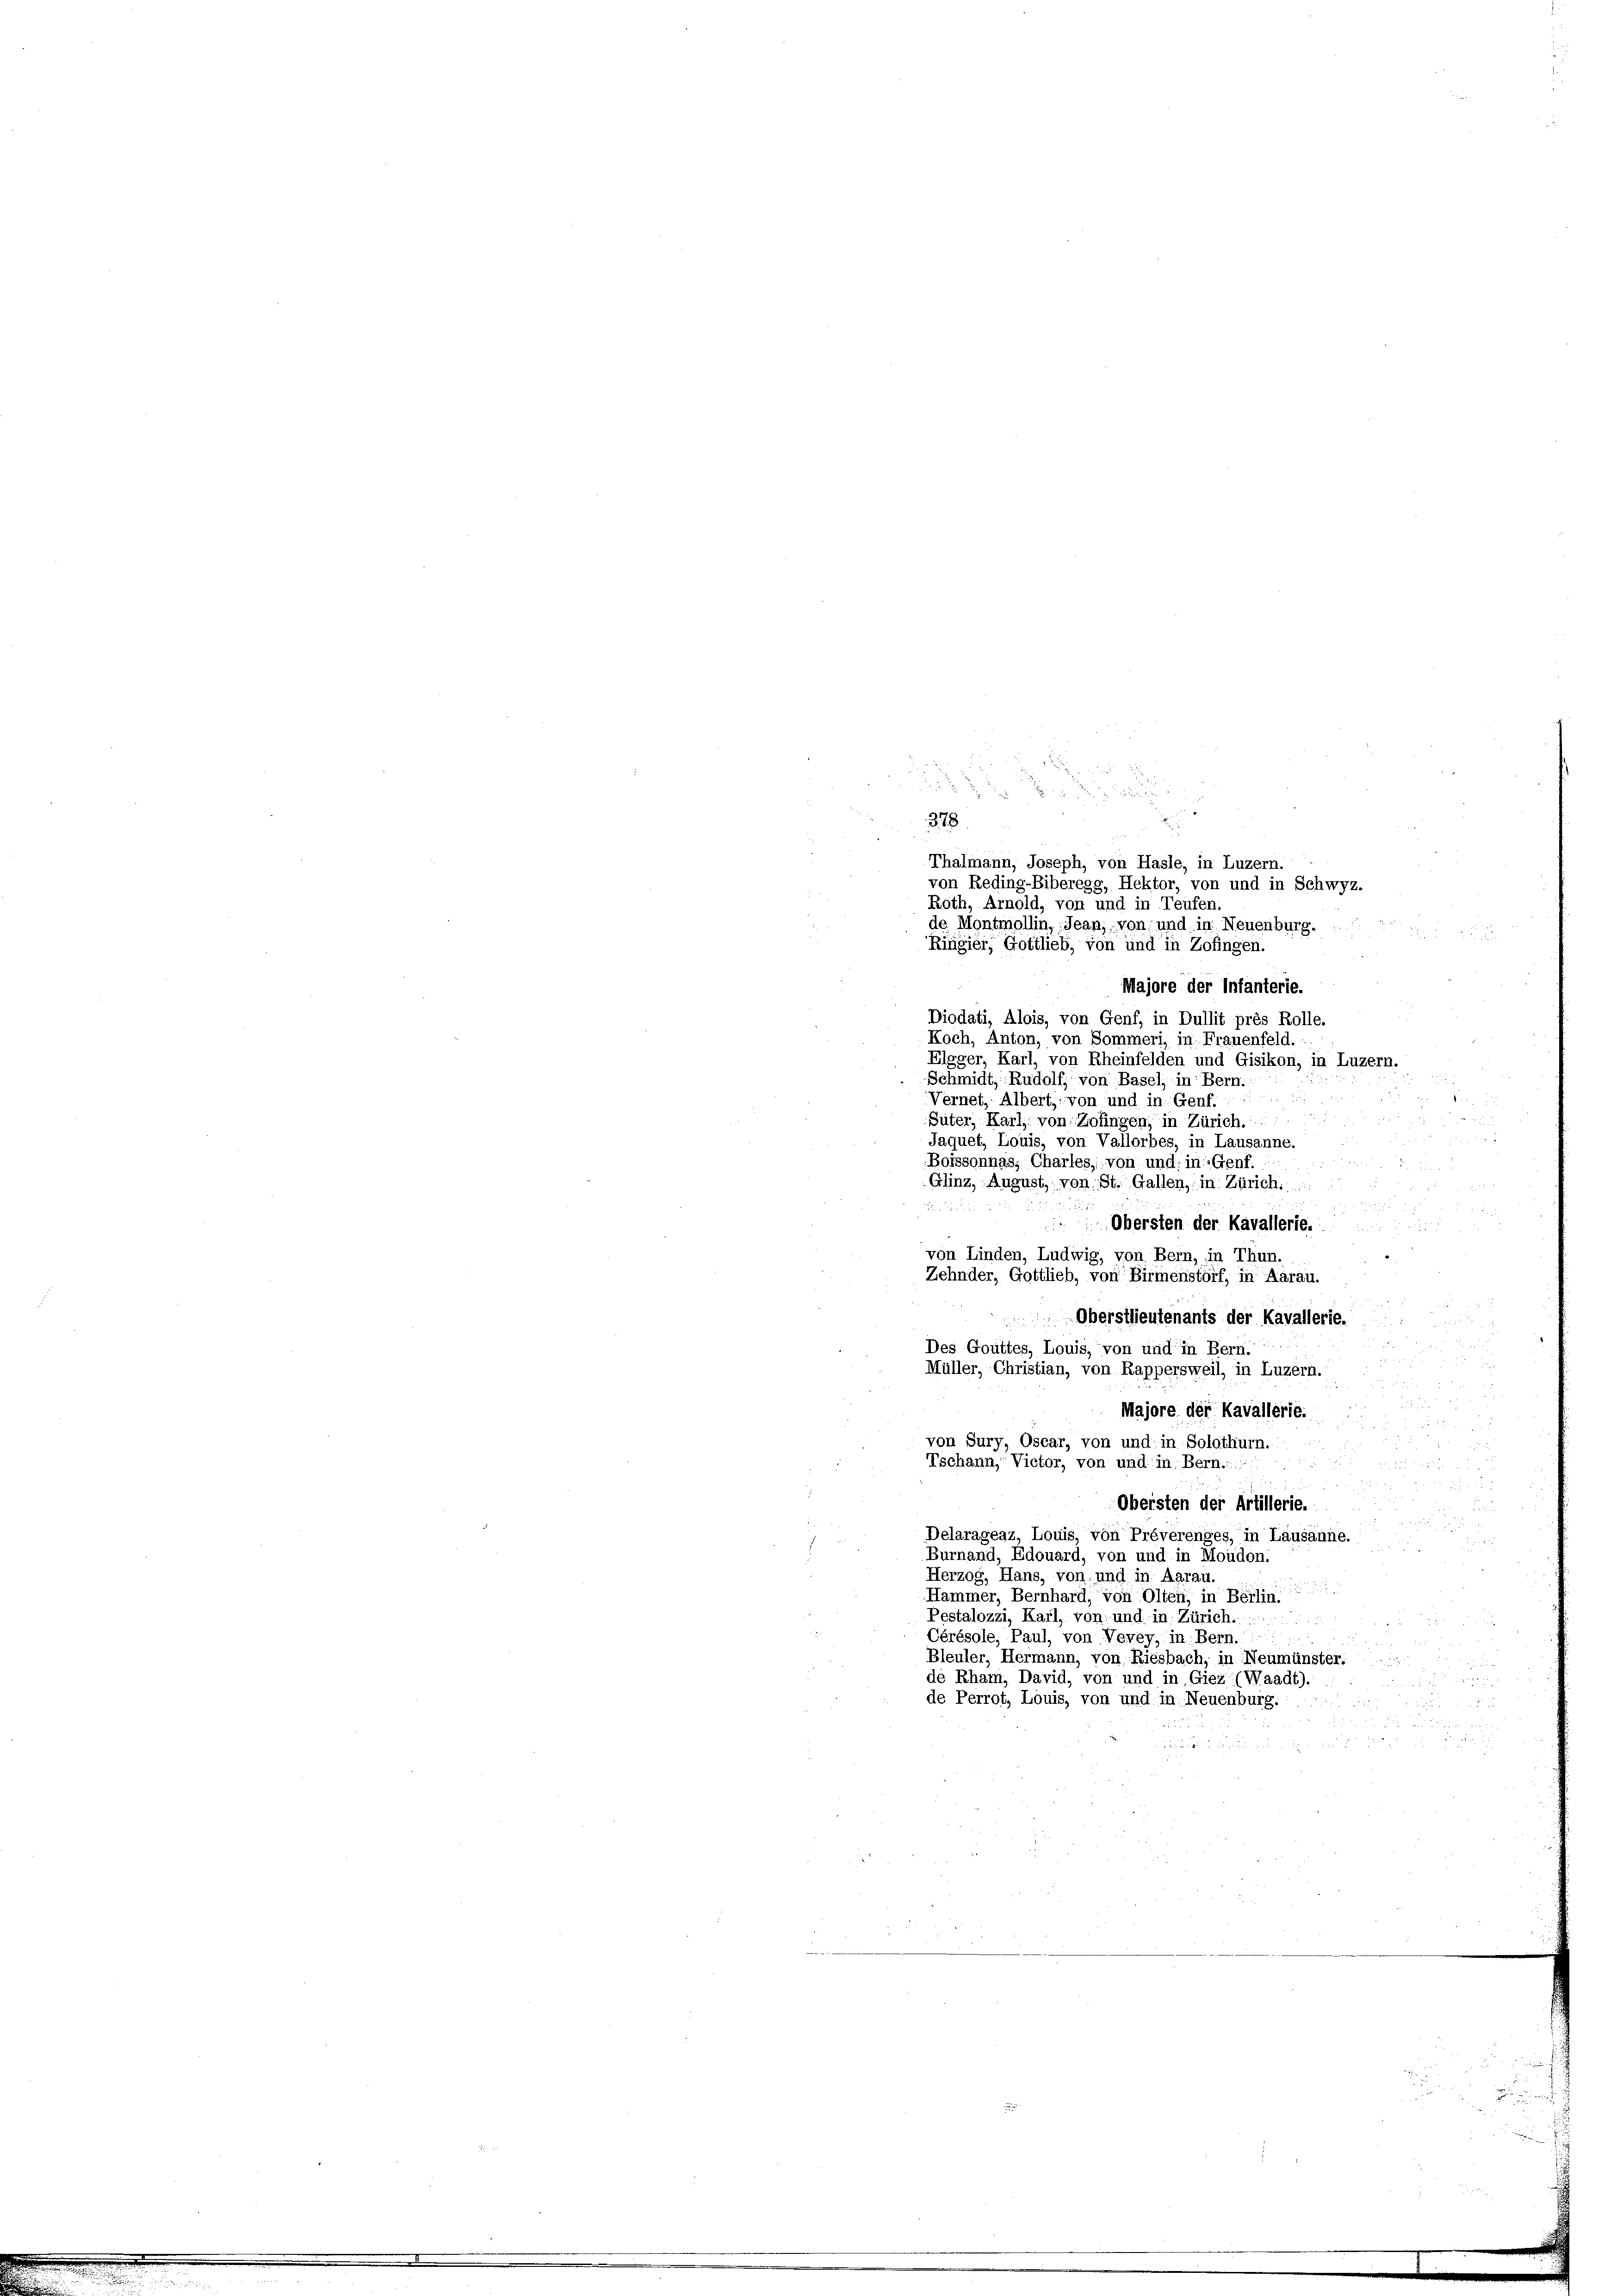
e
2.
g
378
Thalmann, Joseph, von Hasle, in Luzern.
von Reding-Biberegg, Hektor, von und in Schwyz.
Roth, Arnold, von und in Teufen
de Montmollin, Jean, von und in Neuenburg.
Ringier, Gottlieb, von und in Zofingen.
Majore der Infanterie.
Diodati, Alois, von Genf, in Dullit près Rolle.
Koch, Anton, von Sommeri, in Frauenfeld.
Elgger, Karl, von Rheinfelden und Gisikon, in Luzern.
Schmidt, Rudolf, von Basel, in Bern.
Vernet, Albert, von und in Genf.
Güter, Karl von Zofingen; in Zürich.
Jaquet, Louis, von Vallorbes, in Lausanne.
Boissonnas, Chartes, von und: in: Genf.
Glinz, August, von St. Gallen, in Zürich.
Obersten der Kavallerie.

von Linden, Ludwig, von Bern, in Thun.
Zehnder, Gottlieb, von Birmenstorf, in Aarau.
Oberstlieutenants der Kavallerie.
Des Gouttes, Louis, von und in Bern
Müller, Christian, von Rappersweil, in Luzern.
.
Majore der Kavallerie.
von Sury, Oscar, von und in Solothurn...

Tschann, Victor, von und in Bern..
 2
a 55 x
d
Obersten der Artillerie.

Delarageaz, Louis, von Prévérenges, in Lausanne.
i
Burnand, Edouard, von und in Moudon.
Herzog, Hans, von und in Aarau.

Hammer, Bernhard, von Olten, in Berlin.
Pestalozzi, Karl, von und in Zürich.

Cérésole, Paul, von Verey, in Bern.
d
Bleuler, Hermann, von Riesbach, in Neumünster......
de Rham, David, von und in Giez (Waadt).
 5
de Perrot, Louis, von und in Neuenburg.

.